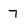
Character: 7